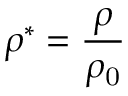
\rho ^ { * } = \frac { \rho } { \rho _ { \mathrm { 0 } } }